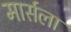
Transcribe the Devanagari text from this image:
मार्सला